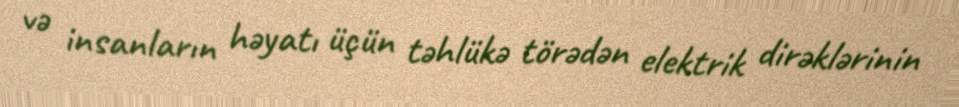
və insanların həyatı üçün təhlükə törədən elektrik dirəklərinin